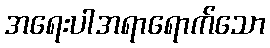
အရေးပါအရာရောက်သော